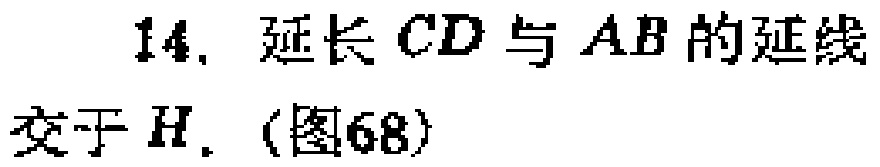
14. 延长 \(CD\) 与 \(AB\) 的延线交于 \(H\). (图68)